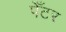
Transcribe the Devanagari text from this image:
पेँटर